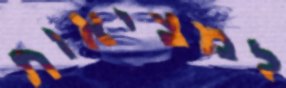
למציאות